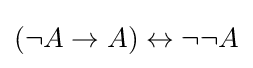
(\neg A\to A)\leftrightarrow \neg \neg A